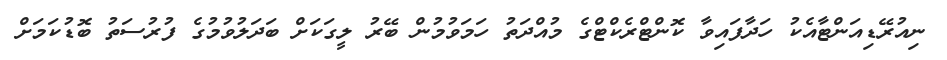
ނިއުރޭޑިއަންޓާއެކު ހަދާފައިވާ ކޮންޓްރެކްޓްގެ މުއްދަތު ހަމަވުމުން ބޭރު ލީގަކަށް ބަދަލުވުމުގެ ފުރުސަތު ބޮޑުކަމަށް